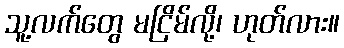
သူ့လက်တွေ မငြိမ်လို့၊ ဟုတ်လား။